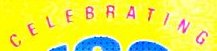
CELEBRATING